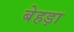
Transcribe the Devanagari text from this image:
बेहड़ा